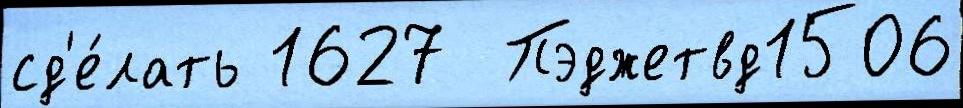
сд'е́лать 1627  Пэджетвд1506